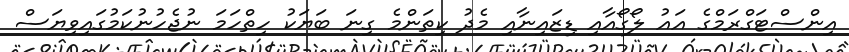
އިންސްޓަގްރަމްގެ އައު ލޯގޯއާއި ޑިޒައިނާއި މެދު ކިތަންމެ ގިނަ ބަޔަކު ހިތްހަމަ ނުޖެހުނުކަމުގައިވިޔަސް